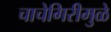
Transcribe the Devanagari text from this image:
चाचेगिरीमुळे